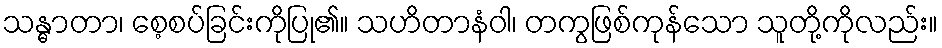
သန္ဓာတာ၊ စေ့စပ်ခြင်းကိုပြု၏။ သဟိတာနံဝါ၊ တကွဖြစ်ကုန်သော သူတို့ကိုလည်း။